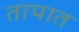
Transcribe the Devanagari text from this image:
तापात